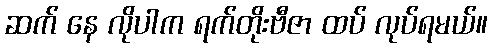
ဆက် နေ လိုပါက ရက်တိုးဗီဇာ ထပ် လုပ်ရမယ်။